Scottish Leaving Certificate Examination, 1957
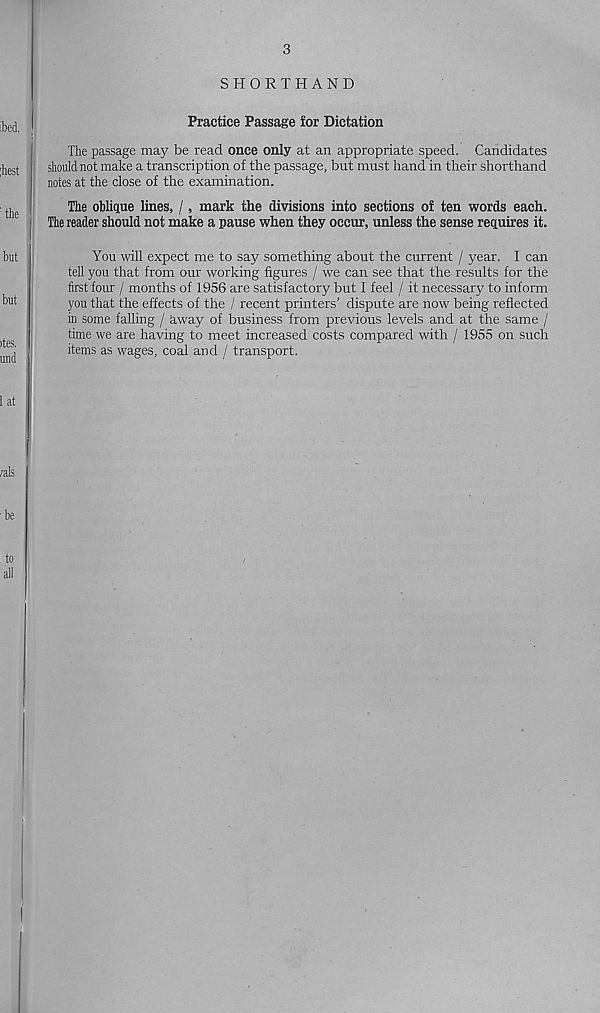
3
SHORTHAND
Practice Passage for Dictation
The passage may be read once only at an appropriate speed. Candidates
should not make a transcription of the passage, but must hand in their shorthand
notes at the close of the examination.
The ohlique lines, /, mark the divisions into sections of ten words each.
The reader should not make a pause when they occur, unless the sense requires it.
You will expect me to say something about the current / year. I can
tell you that from our working figures / we can see that the results for the
first four / months of 1956 are satisfactory but I feel / it necessary to inform
you that the effects of the / recent printers’ dispute are now being reflected
in some falling / away of business from previous levels and at the same /
time we are having to meet increased costs compared with / 1955 on such
items as wages, coal and / transport.